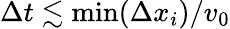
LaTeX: \Delta t\lesssim\mathrm{min}(\Delta x_{i})/v_{0}